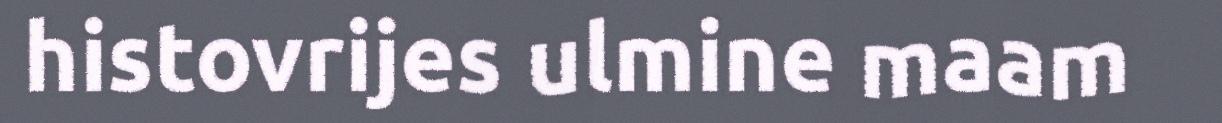
histovrijes ulmine maam